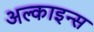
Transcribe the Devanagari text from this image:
अल्काइन्स